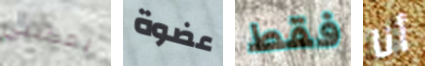
يمكنني عضوة فقط أنا